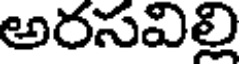
అరసవిల్లి